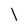
Character: l